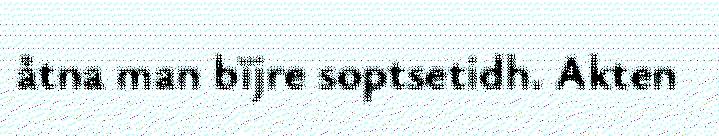
åtna man bïjre soptsetidh. Akten